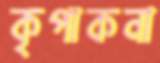
কৃপাকনা